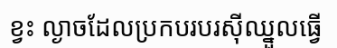
ខ្វះ ល្ងាចដែលប្រកបរបរស៊ីឈ្នួលធ្វើ